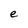
Character: e